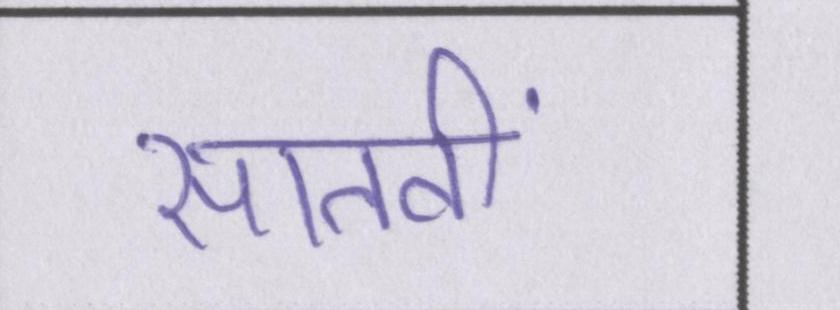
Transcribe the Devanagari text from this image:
सातवीं